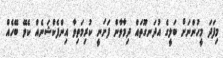
މިފަދަ މީހުންނަށް ބަލީގެ އުދަނގޫތައް ދިމާވާން ފަށަނީ ކުރިމަތިވާ އިންފެކްޝަނެއް ކެވޭ ބޭހެއް